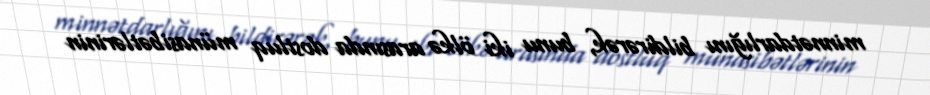
minnətdarlığını bildirərək, bunu iki ölkə arasında dostluq münasibətlərinin